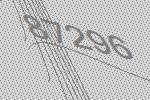
87296